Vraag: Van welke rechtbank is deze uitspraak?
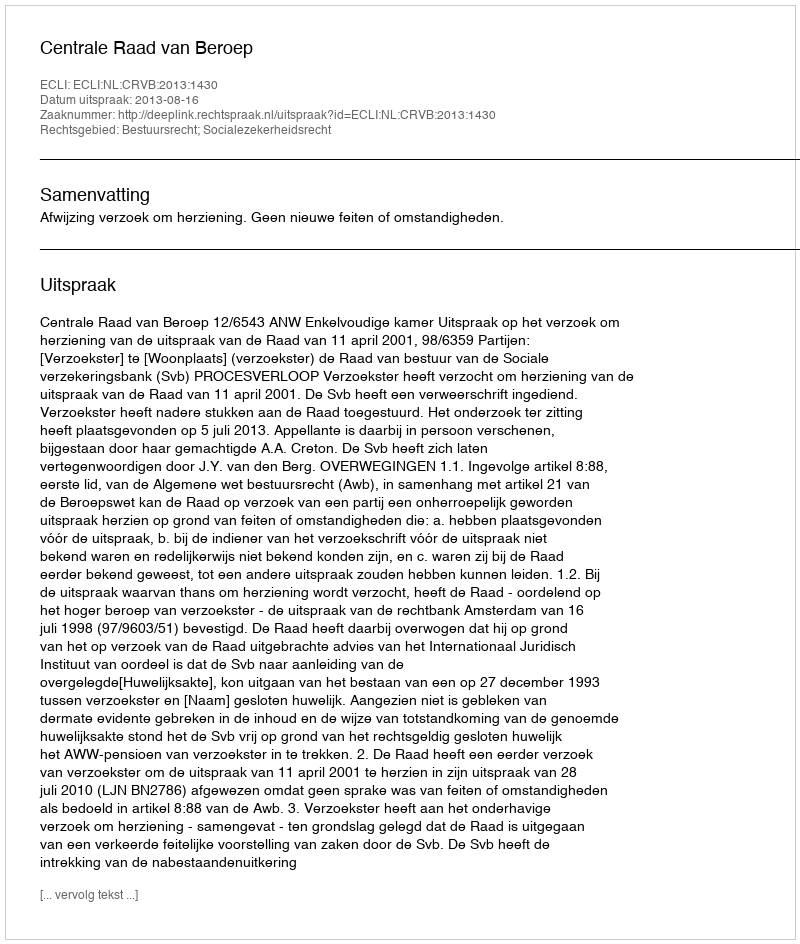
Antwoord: Centrale Raad van Beroep